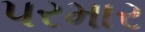
૫રમાર